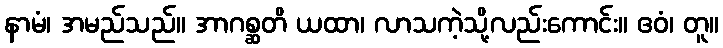
နာမံ၊ အမည်သည်။ အာဂစ္ဆတိ ယထာ၊ လာသကဲ့သို့လည်းကောင်း။ ဧဝံ၊ တူ။